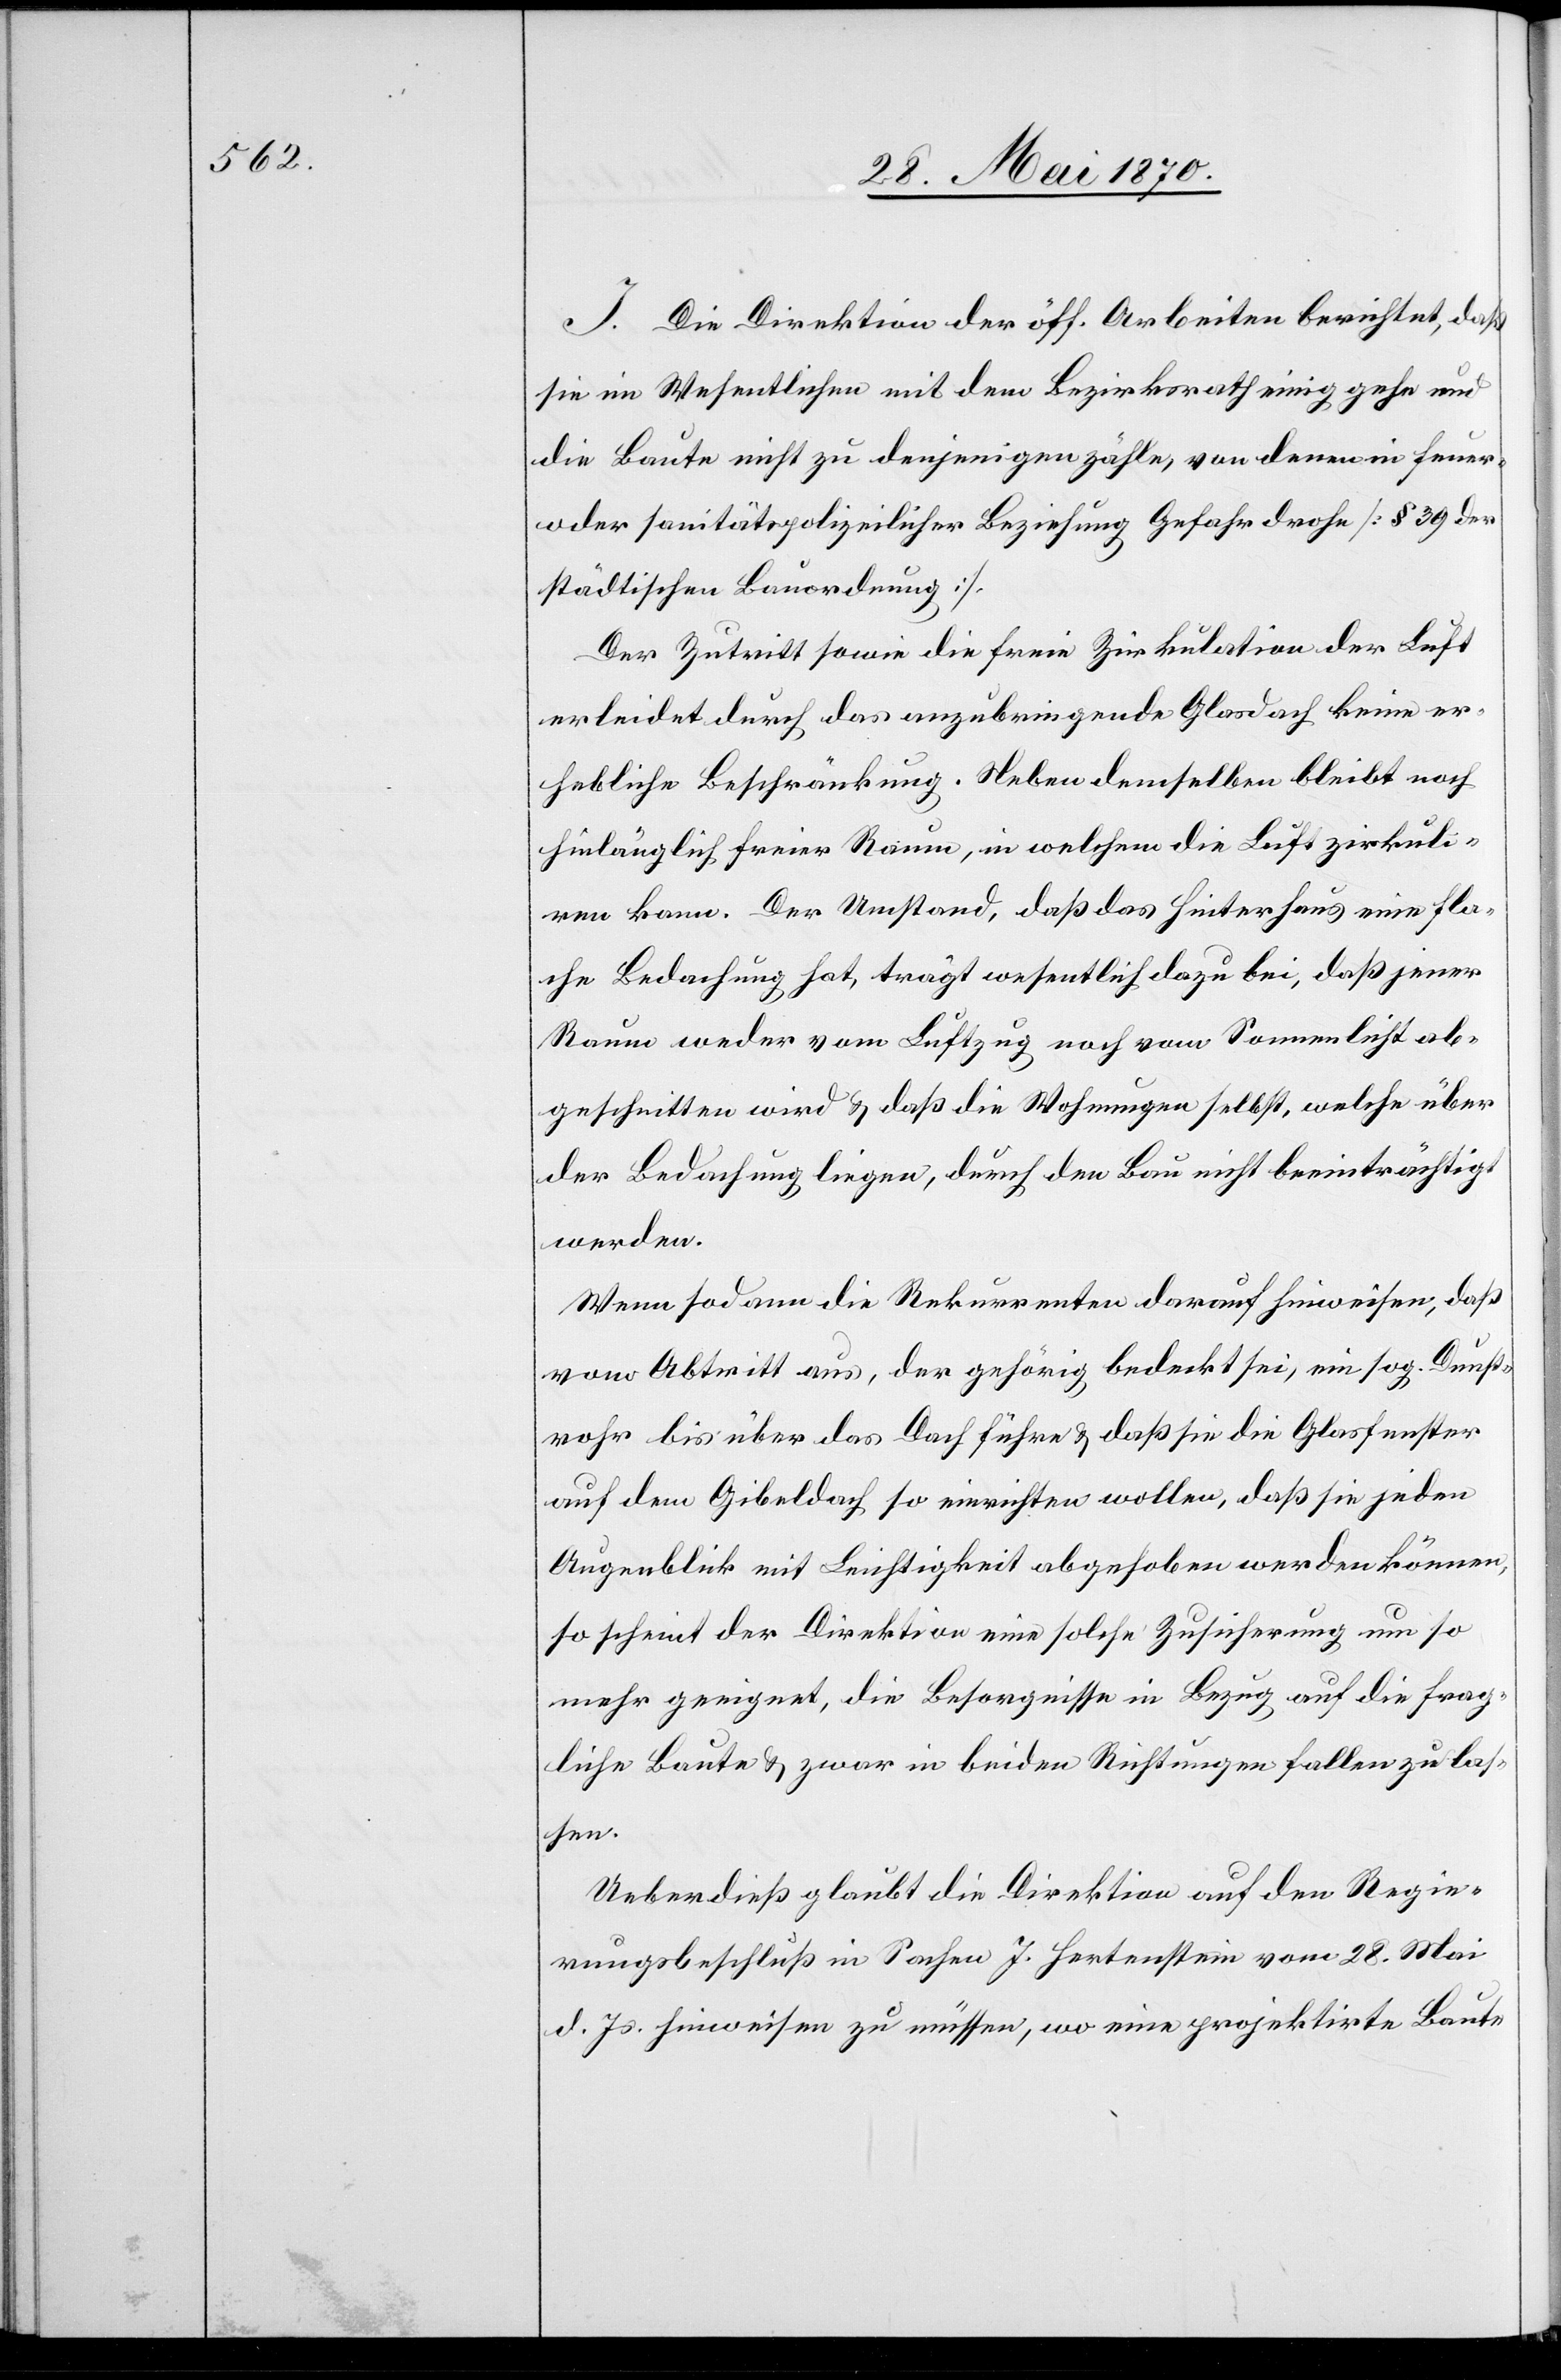
J. Die Direktion der öff. Arbeiten berichtet, daß
sie im Wesentlichen mit dem Bezirksrath einig gehe und
die Baute nicht zu denjenigen zähle, von denen in feuer-
oder sanitätspolizeilicher Beziehung Gefahr drohe [§ 39 der
städtischen Bauordnung].
Der Zutritt sowie die freie Zirkulation der Luft
erleidet durch das anzubringende Glasdach keine er¬
hebliche Beschränkung. Neben demselben bleibt noch
hinlänglich freier Raum, in welchem die Luft zirkuli¬
ren kann. Der Umstand, daß das Hinterhaus eine fla¬
che Bedachung hat, trägt wesentlich dazu bei, daß jener
Raum weder vom Luftzug noch vom Sonnenlicht ab¬
geschnitten wird & daß die Wohnungen selbst, welche über
der Bedachung liegen, durch den Bau nicht beeinträchtigt
werden.
Wenn sodann die Rekurrenten darauf hinweisen, daß
vom Abtritt aus, der gehörig bedeckt sei, ein sog. Dunst¬
rohr bis über das Dach führe & daß sie die Glasfenster
auf dem Gibeldach so einrichten wollen, daß sie jeden
Augenblick mit Leichtigkeit abgehoben werden können,
so scheint der Direktion eine solche Zusicherung um so
mehr geeignet, die Besorgnisse in Bezug auf die frag¬
liche Baute & zwar in beiden Richtungen fallen zu las¬
sen.
Ueberdieß glaubt die Direktion auf den Regie¬
rungsbeschluß in Sachen J. Hertenstein vom 28. Mai
d. Js. hinweisen zu müssen, wo eine projektirte Baute